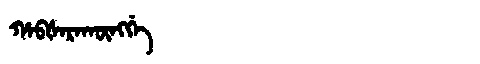
Manchu: ᡥᠠᠪᡧᠠᡵᠠᡴᡡᠩᡤᡝ
Romanization: HABŠARAKŪNGGE